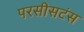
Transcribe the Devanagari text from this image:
परसीसटंस